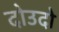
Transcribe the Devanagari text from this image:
दोउदो